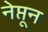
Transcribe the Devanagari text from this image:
नेप्तून